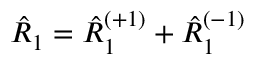
\hat { R } _ { 1 } = \hat { R } _ { 1 } ^ { ( + 1 ) } + \hat { R } _ { 1 } ^ { ( - 1 ) }